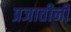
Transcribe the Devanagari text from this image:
प्रजातीनी